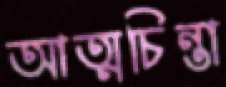
আত্মচিন্তা